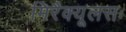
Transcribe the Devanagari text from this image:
मिरैक्यूलसः